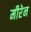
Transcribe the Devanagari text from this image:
मीरेन